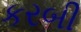
કરબી